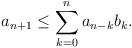
LaTeX: \begin{align*}a_{n+1} \le \sum_{k=0}^n a_{n-k} b_{k}.\end{align*}